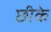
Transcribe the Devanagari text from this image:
छीके